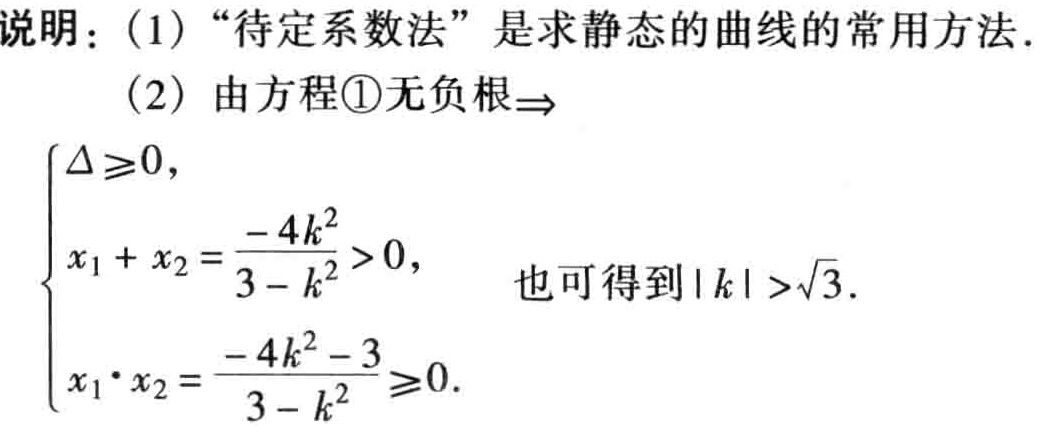
说明：（1）“待定系数法”是求静态的曲线的常用方法.

（2）由方程\textcircled{1}无负根$\Rightarrow$

\(\begin{cases}

\Delta\geq0, \\

x_1 + x_2 = \frac{-4k^2}{3 - k^2} > 0, \\

x_1\cdot x_2 = \frac{-4k^2 - 3}{3 - k^2} \geq 0.

\end{cases}\) 也可得到\(\vert k\vert >\sqrt{3}\).